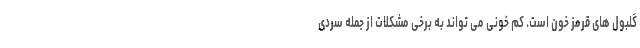
گلبول های قرمز خون است. کم خونی می تواند به برخی مشکلات از جمله سردی